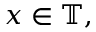
x \in \mathbb { T } ,